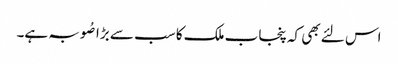
اس لئے بھی کہ پنجاب ملک کا سب سے بڑا صُوبہ ہے۔